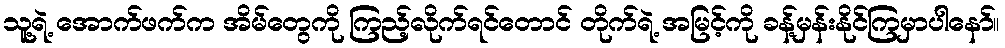
သူ့ရဲ့ အောက်ဖက်က အိမ်တွေကို ကြည့်လိုက်ရင်တောင် တိုက်ရဲ့ အမြင့်ကို ခန့်မှန်းနိုင်ကြမှာပါနော်။